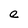
Character: e